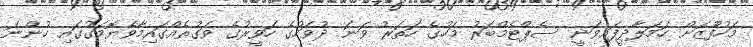
މަހުފޫޒަށް ހަމަލާދީފައިވަނީ ސެޕްޓެމްބަރު މަހުގެ ހަތަރު ވަނަ ދުވަހުގެ ހަވީރުގެ ވަގުތެއްގައިމާވެޔޮމަގުގައި ހުންނަ